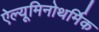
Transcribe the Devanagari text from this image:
ऐल्यूमिनोथर्मिक